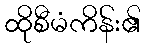
ထိုစီမံကိန်း၏